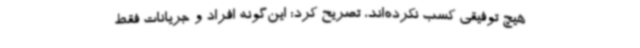
هیچ توفیقی کسب نکرده‌اند، تصریح کرد: این‌گونه افراد و جریانات فقط